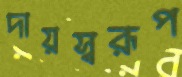
দায়স্বরূপ